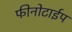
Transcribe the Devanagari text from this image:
फीनोटाईप